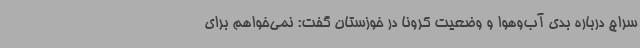
سراج درباره بدی آب‌وهوا و وضعیت کرونا در خوزستان گفت: نمی‌خواهم برای